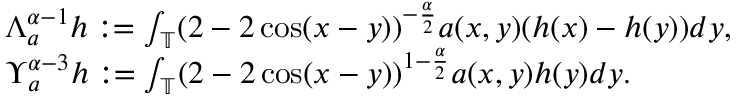
\begin{array} { r l } & { \Lambda _ { a } ^ { \alpha - 1 } h : = \int _ { \mathbb { T } } ( 2 - 2 \cos ( x - y ) ) ^ { - \frac { \alpha } { 2 } } a ( x , y ) ( h ( x ) - h ( y ) ) d y , } \\ & { \Upsilon _ { a } ^ { \alpha - 3 } h : = \int _ { \mathbb { T } } ( 2 - 2 \cos ( x - y ) ) ^ { 1 - \frac { \alpha } { 2 } } a ( x , y ) h ( y ) d y . } \end{array}